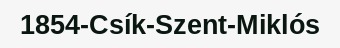
1854-Csík-Szent-Miklós